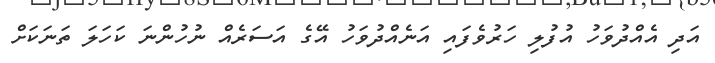
އަދި އެއްދުވަހު އުފުލި ހަރުވެފައި އަނެއްދުވަހު އޭގެ އަސަރެއް ނުހުންނަ ކަހަލަ ތަނަކަށް